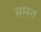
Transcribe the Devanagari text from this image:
सम्स्त